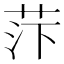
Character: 𰰼